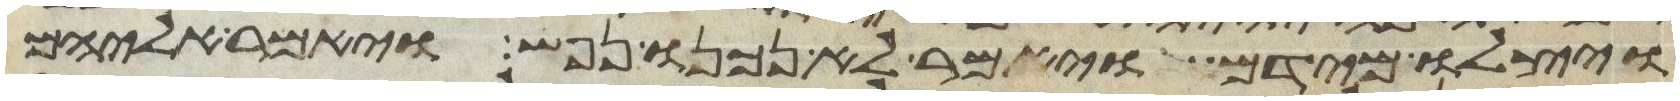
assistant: ויצלו מידם ויאמר לא נכנו נפש ויאמר אליהם